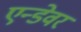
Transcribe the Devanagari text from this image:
एन्डेवर